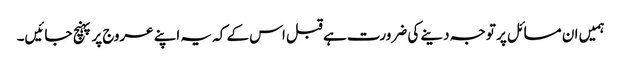
ہمیں ان مسائل پر توجہ دینے کی ضرورت ہے قبل اس کے کہ یہ اپنے عروج پر پہنچ جائیں۔